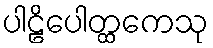
ပါဠိပေါတ္ထကေသု